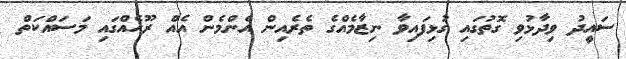
ސައީދު ވިދާޅުވި ގޮތުގައި ގުޅިފައިވާ ނިޒާމެއްގެ ތެރެއިން އެންމެން އެއް ރޫހެއްގައި މަސައްކަތް